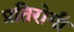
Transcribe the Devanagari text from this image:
प्रतिरोगी